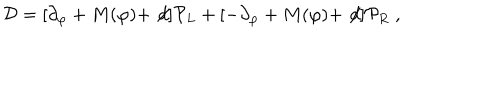
{ \cal D } = [ \partial _ { \varphi } + M ( \varphi ) + \not \! d ] { \cal P } _ { L } + [ - \partial _ { \varphi } + M ( \varphi ) + \not \! d ] { \cal P } _ { R } \; ,